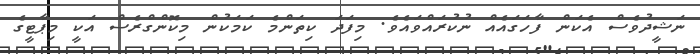
ނަޝީދުވެސް އެކަން ފާހަގައެއް ނުކުރައްވައެވެ. މިފަދަ ކިތަންމެ ކަމަކުން މިކޮންގްރެސް އަކީ މިޕާޓީގެ